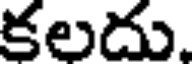
కలదు.